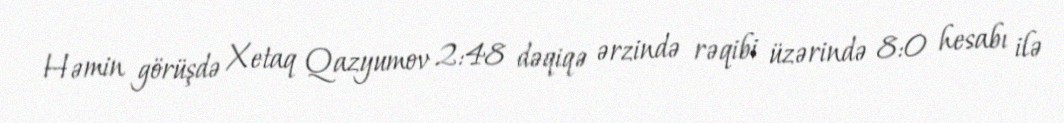
Həmin görüşdə Xetaq Qazyumov 2:48 dəqiqə ərzində rəqibi üzərində 8:0 hesabı ilə